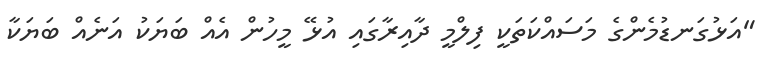
"އަޅުގަނޑުމެންގެ މަސައްކަތަކީ ފިލްމީ ދާއިރާގައި އުޅޭ މީހުން އެއް ބަޔަކު އަނެއް ބަޔަކާ